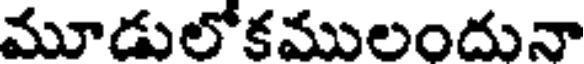
మూడులోకములందునా